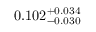
0 . 1 0 2 _ { - 0 . 0 3 0 } ^ { + 0 . 0 3 4 }